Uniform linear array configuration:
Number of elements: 4
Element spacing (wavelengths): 0.75
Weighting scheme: exponential
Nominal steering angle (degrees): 15
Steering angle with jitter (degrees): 15.306
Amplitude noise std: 0.05
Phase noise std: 0.05

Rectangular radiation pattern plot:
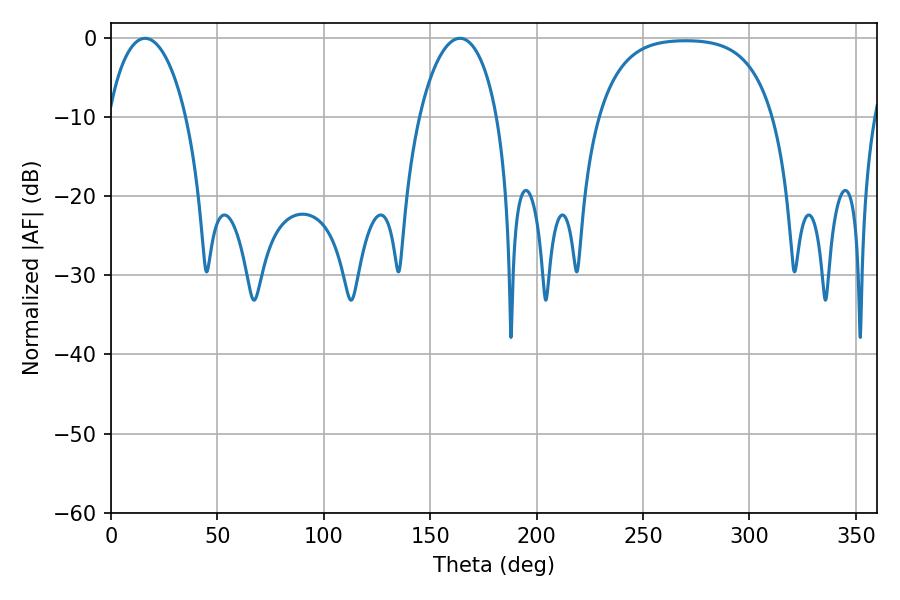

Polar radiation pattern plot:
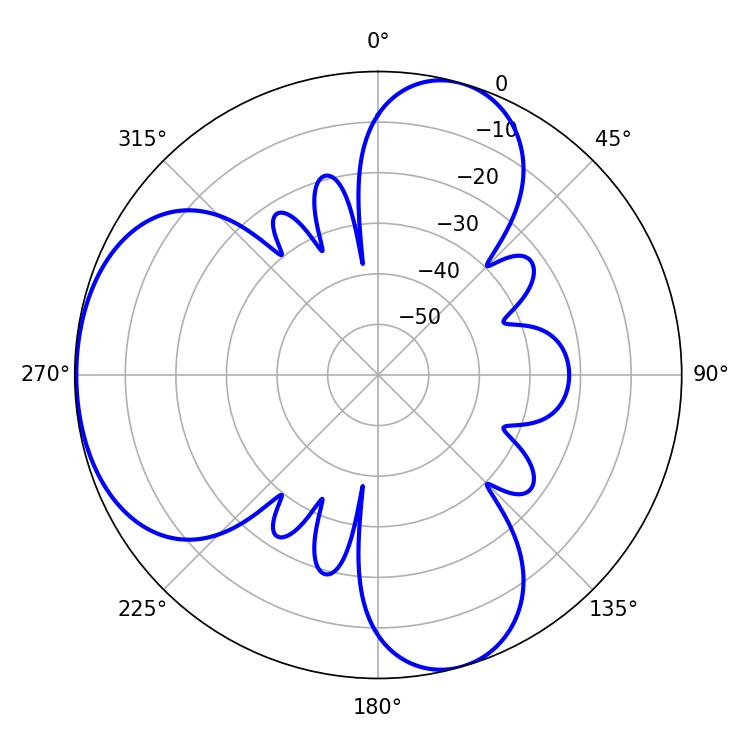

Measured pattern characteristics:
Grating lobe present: TRUE
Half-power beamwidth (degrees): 20.88
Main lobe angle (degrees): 16.02